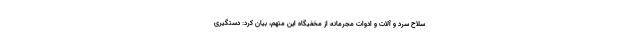
سلاح سرد و آلات و ادوات مجرمانه از مخفیگاه این متهم، بیان کرد: دستگیری